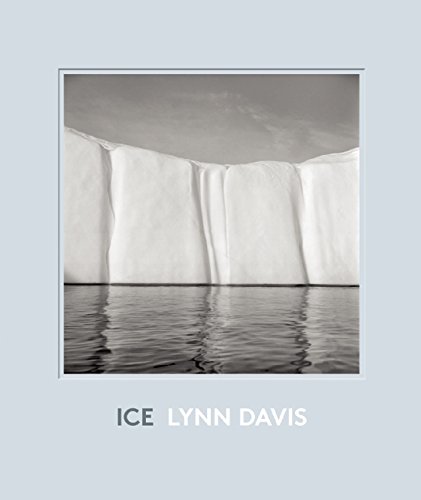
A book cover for Ice: 1986-2007; Arts & Photography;